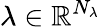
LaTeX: \lambda\in\mathbb{R}^{N_{\lambda}}